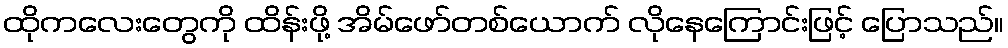
ထိုကလေးတွေကို ထိန်းဖို့ အိမ်ဖော်တစ်ယောက် လိုနေကြောင်းဖြင့် ပြောသည်။